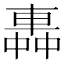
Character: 𨌼